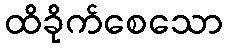
ထိခိုက်စေသော